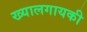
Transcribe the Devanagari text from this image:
ख्यालगायकी